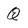
Character: Q